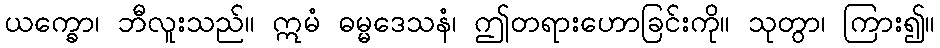
ယက္ခော၊ ဘီလူးသည်။ ဣမံ ဓမ္မဒေသနံ၊ ဤတရားဟောခြင်းကို။ သုတွာ၊ ကြား၍။